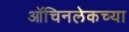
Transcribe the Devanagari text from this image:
ऑचिनलेकच्या